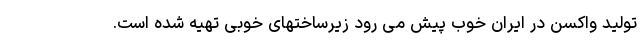
تولید واکسن در ایران خوب پیش می رود زیرساختهای خوبی تهیه شده است.